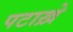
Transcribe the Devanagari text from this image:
पटाख़े